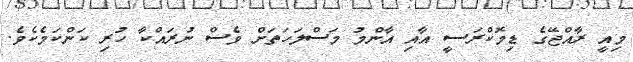
މިއީ ރާއްޖޭގެ ޑިމޮކްރަސީ އާއި އާންމު މަސްލަހަތަށް ވެސް ނުރައްކާ ހުރި ކަންކަމެކެވެ.